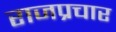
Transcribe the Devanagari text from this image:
राजप्रचार